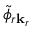
\tilde { \phi } _ { r \mathbf k _ { r } }